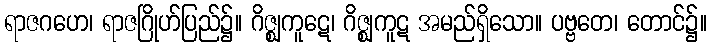
ရာဇဂဟေ၊ ရာဇဂြိုဟ်ပြည်၌။ ဂိဇ္ဈကူဋေ၊ ဂိဇ္ဈကူဋ အမည်ရှိသော။ ပဗ္ဗတေ၊ တောင်၌။